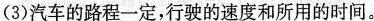
(3)汽车的路程一定，行驶的速度和所用的时间。